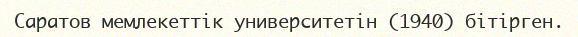
Саратов мемлекеттік университетін (1940) бітірген.